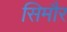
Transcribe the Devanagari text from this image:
सिमौर